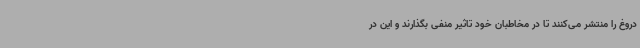
دروغ را منتشر می‌کنند تا در مخاطبان خود تاثیر منفی بگذارند و این در